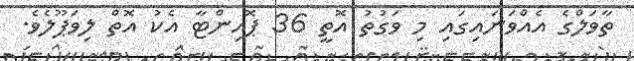
ތާވަލްގެ އެއްވަނައިގައި މި ވަގުތު އޮތީ 36 ޕޮއިންޓާ އެކު އޮތް ލިވަޕޫލެވެ.